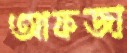
আফজা